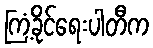
ကြံ့ခိုင်ရေးပါတီက